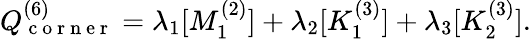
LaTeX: Q_{\mathrm{~c~o~r~n~e~r~}}^{(6)}=\lambda_{1}[M_{1}^{(2)}]+\lambda_{2}[K_{1}^{(3)}]+\lambda_{3}[K_{2}^{(3)}].